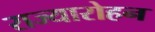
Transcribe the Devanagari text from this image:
राज्यारोहन